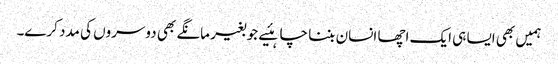
ہمیں بھی ایسا ہی ایک اچھا انسان بننا چاہئیے جو بغیر مانگے بھی دوسروں کی مدد کرے۔